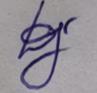
Signature authenticity: genuine